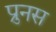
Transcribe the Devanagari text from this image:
प्रुनस